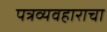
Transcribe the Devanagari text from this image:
पत्रव्यवहाराचा